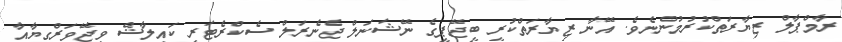
ރާމްޕާލް ޒިޔާރަތްކުރުމުންނެވެ. އޭނާ ޒިޔާރަތްކުރީ ބީޖޭޕީގެ ނޭޝަނަލް ޖެނެރަލް ސެކްރެޓަރީ ކައިލާޝް ވިޖޭވަރްގިޔާއާ